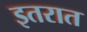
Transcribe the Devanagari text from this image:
इतरात